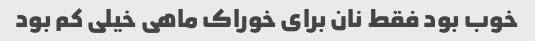
خوب بود فقط نان برای خوراک ماهی خیلی کم بود